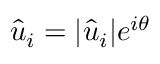
\hat { u } _ { i } = | \hat { u } _ { i } | e ^ { i \theta }